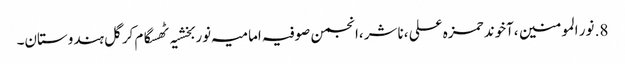
8.	نور المومنین ،آخوند حمزہ علی ،ناشر ،انجمن صوفیہ امامیہ نوربخشیہ ٹھسگام کرگل ہندوستان۔